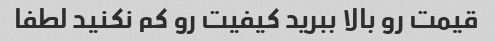
قیمت رو بالا ببرید کیفیت رو کم نکنید لطفا